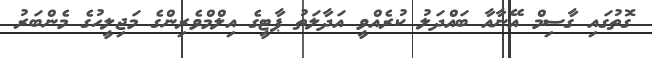
ގޮތުގައި ގާސިމް އޭނާއާ ބައްދަލު ކުރެއްވީ އަދާލަތު ޕާޓީގެ އިލްމްވެރިންގެ މަޖިލީހުގެ މެންބަރު